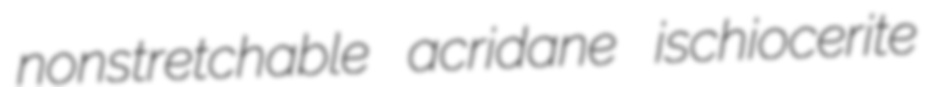
nonstretchable acridane ischiocerite